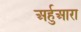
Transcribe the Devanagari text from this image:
अर्हुआरा